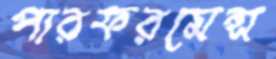
পারফরমেন্স